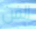
الفن